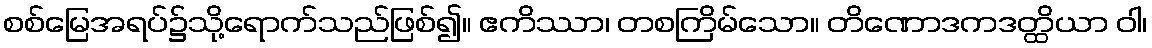
စစ်မြေအရပ်၌သို့ရောက်သည်ဖြစ်၍။ ဧကိဿာ၊ တစကြိမ်သော။ တိဏောဒကဒတ္ထိယာ ဝါ၊